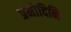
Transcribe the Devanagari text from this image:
प्रमोदिनि